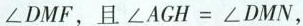
∠DMF，且$$∠ A G H = ∠ D M N$$，